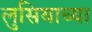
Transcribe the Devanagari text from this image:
लुसियाच्या